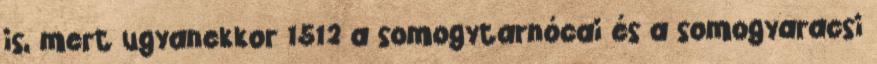
is, mert ugyanekkor 1512 a somogytarnócai és a somogyaracsi